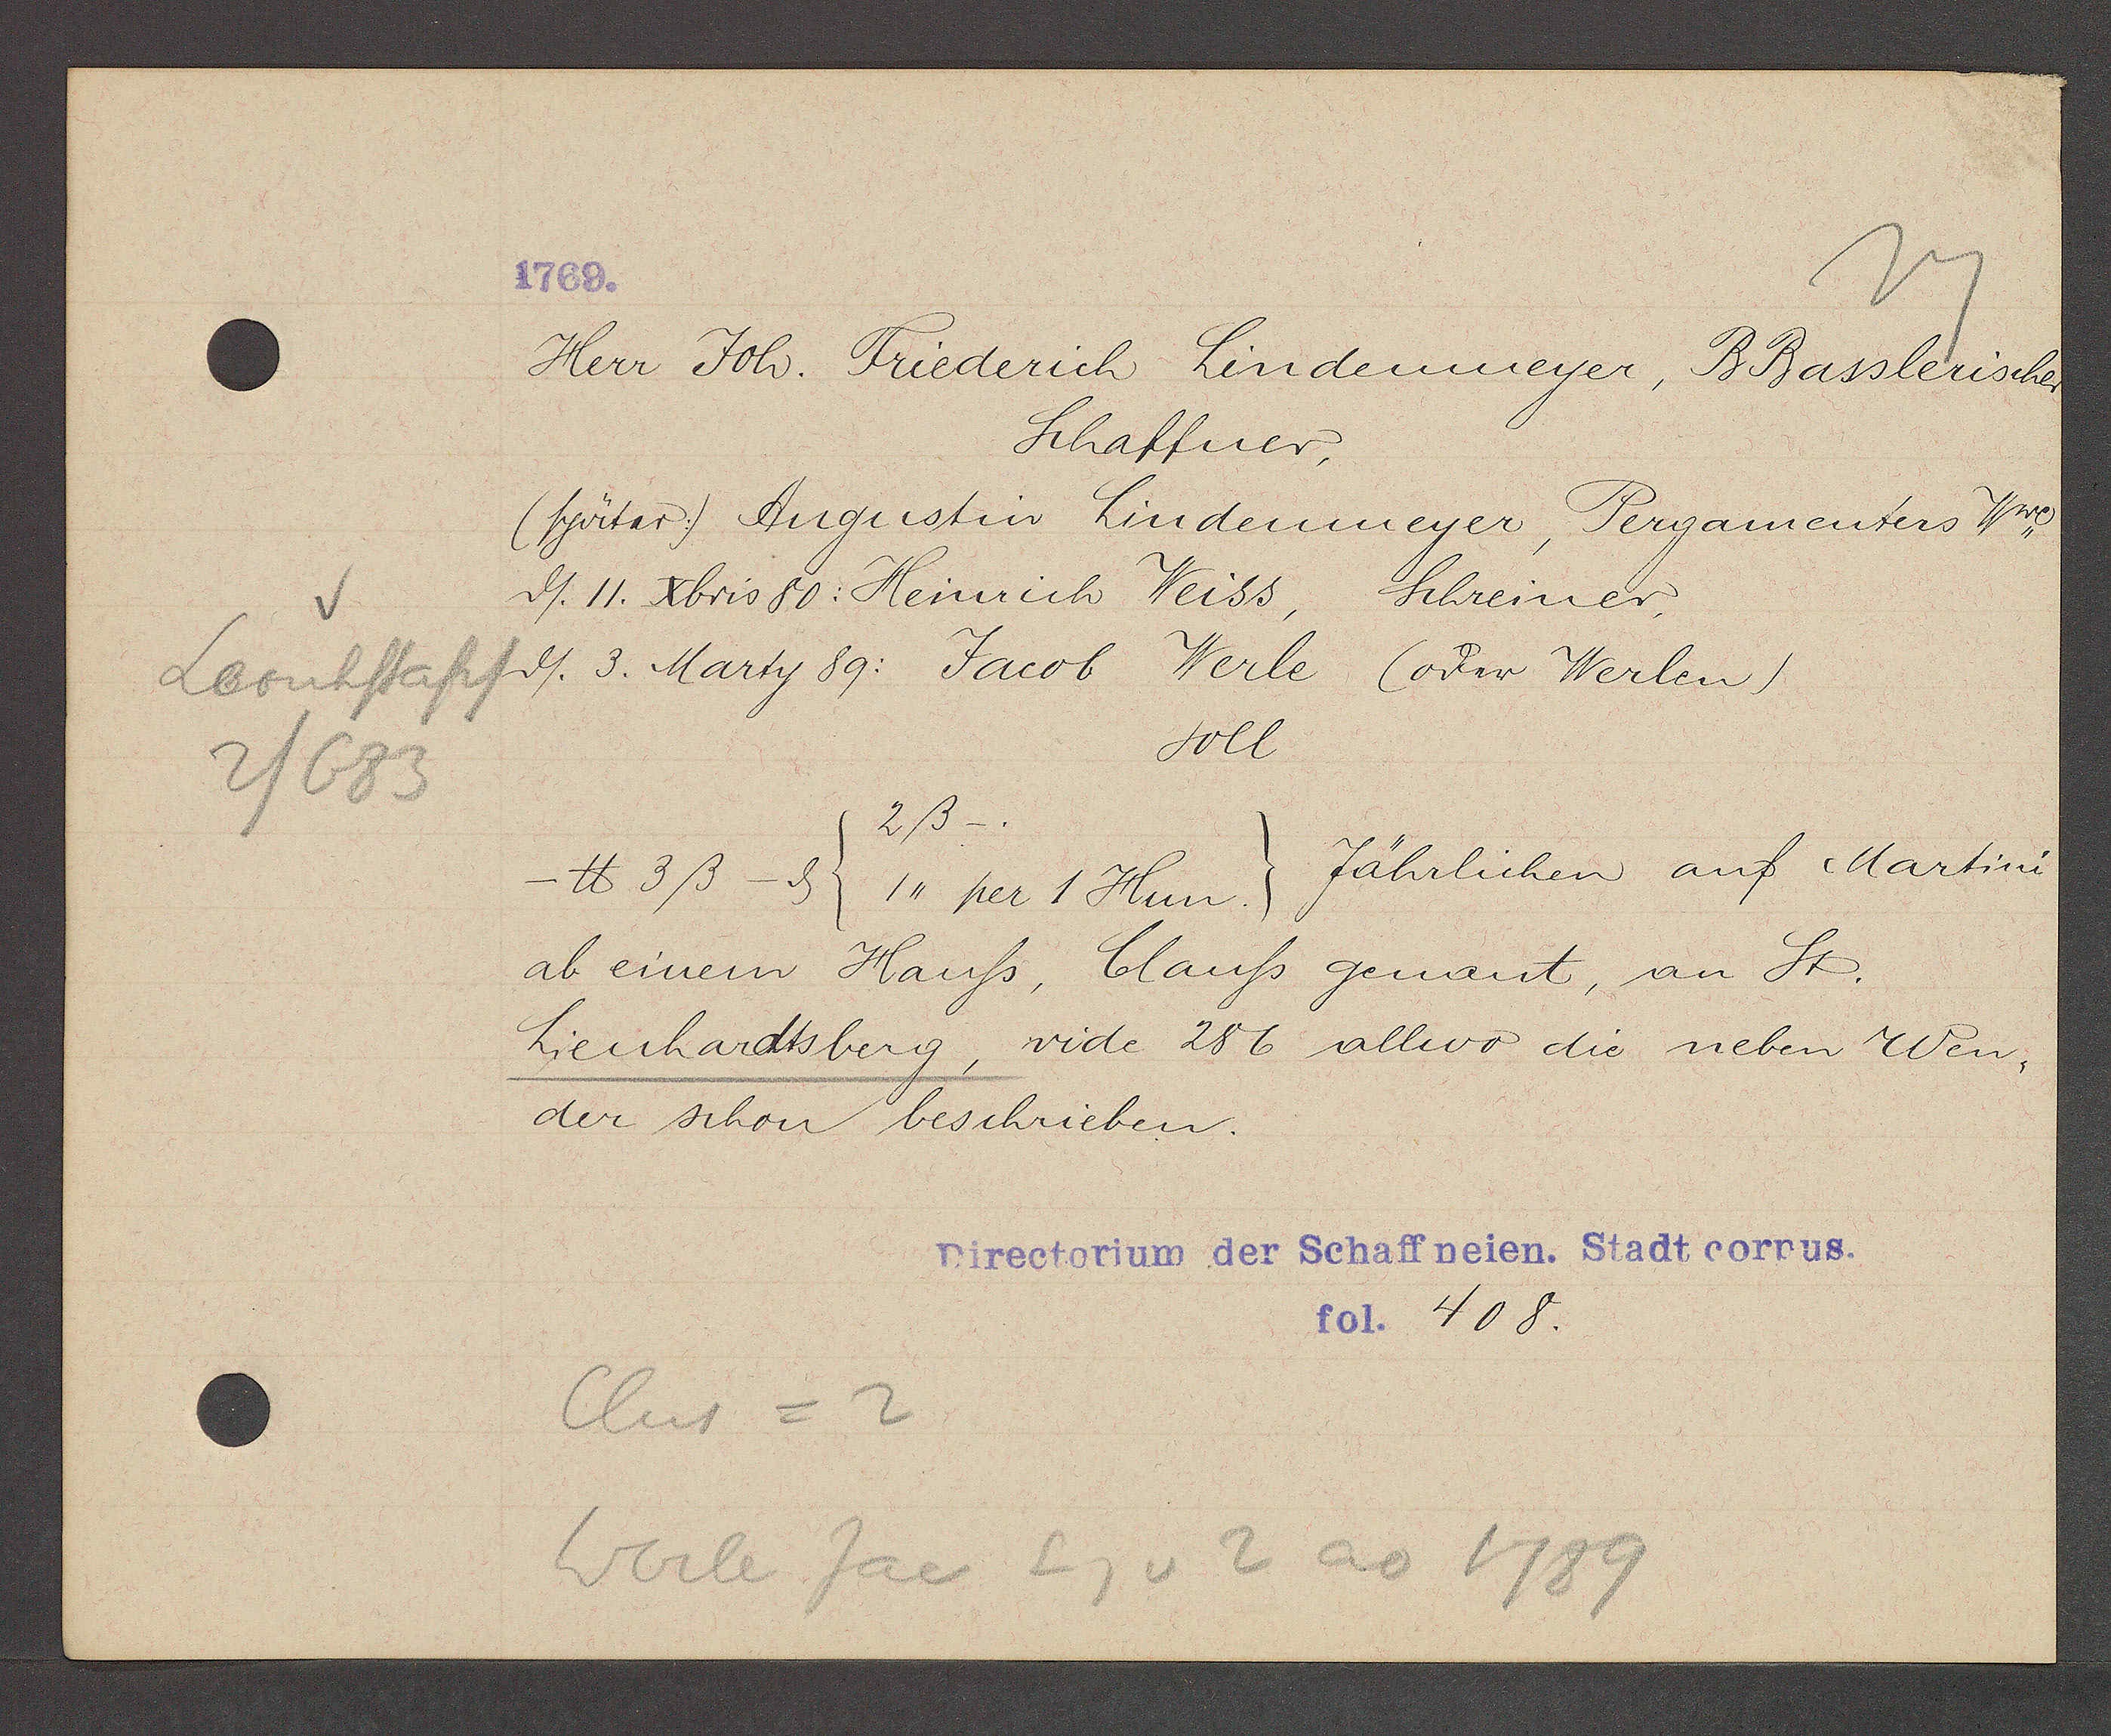
Transcript:
Leonhstapf
2/683

1769.

Herr Joh. Friederich Lindenmeyer, BBasslerischer
Schaffner,
(später:) Augustin Lindenmeyer, Pergamenters Wwe
ds. II. xbris 80: Heinrich Weiss, Schreiner,
ds. 3. Marty 89: Jacob Werle (oder Werlen)
soll
2ß_.
Jährlichen auf Martini
℔ 3ß - ȡ (1,, per 1 Hun.)
ab einem Hauss, Clauss genant, an St.
Lienhardtsberg, vide 286 allevo die neben Wen¬
der schen beschrieben.

Clus =2
Werle Jac Eg v 2 ao 1789

Directorium der Schaffneien. Stadt corpus.
fol. 408.